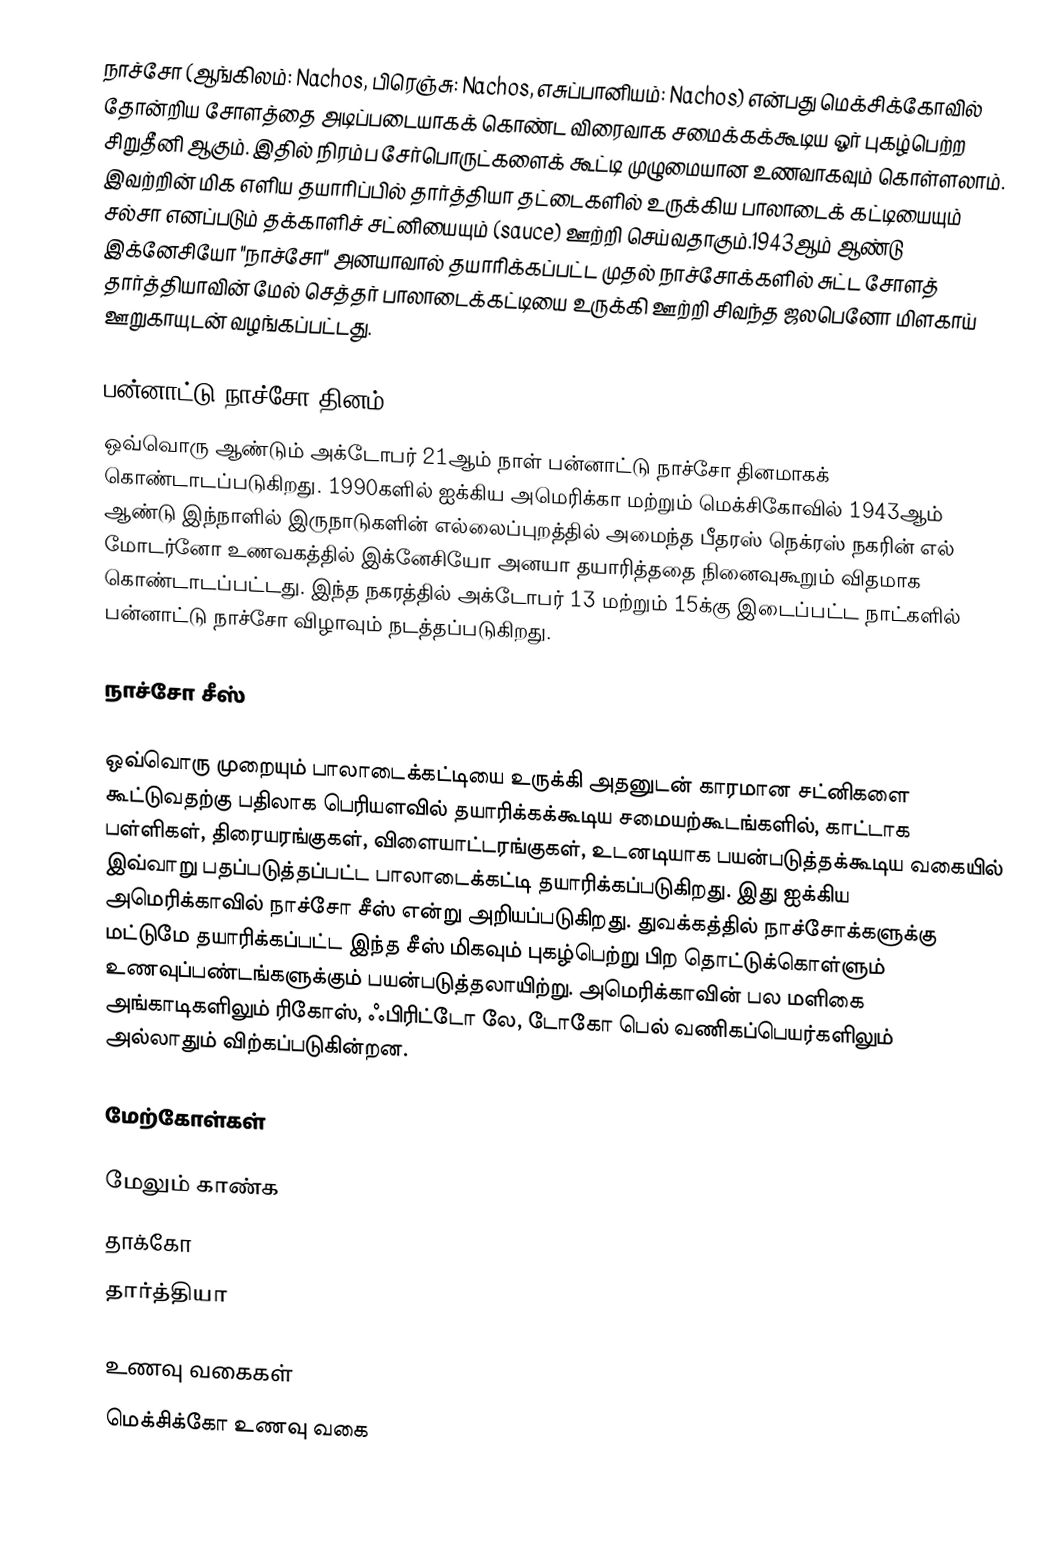
நாச்சோ (ஆங்கிலம்: Nachos, பிரெஞ்சு: Nachos, எசுப்பானியம்: Nachos) என்பது மெக்சிக்கோவில் தோன்றிய சோளத்தை அடிப்படையாகக் கொண்ட விரைவாக சமைக்கக்கூடிய ஓர் புகழ்பெற்ற சிறுதீனி ஆகும். இதில் நிரம்ப சேர்பொருட்களைக் கூட்டி முழுமையான உணவாகவும் கொள்ளலாம். இவற்றின் மிக எளிய தயாரிப்பில் தார்த்தியா தட்டைகளில் உருக்கிய பாலாடைக் கட்டியையும் சல்சா எனப்படும் தக்காளிச் சட்னியையும் (sauce) ஊற்றி செய்வதாகும்.1943ஆம் ஆண்டு இக்னேசியோ "நாச்சோ" அனயாவால் தயாரிக்கப்பட்ட முதல் நாச்சோக்களில் சுட்ட சோளத் தார்த்தியாவின் மேல் செத்தர் பாலாடைக்கட்டியை உருக்கி ஊற்றி சிவந்த ஜலபெனோ மிளகாய் ஊறுகாயுடன் வழங்கப்பட்டது.

பன்னாட்டு நாச்சோ தினம்
ஒவ்வொரு ஆண்டும் அக்டோபர் 21ஆம் நாள் பன்னாட்டு நாச்சோ தினமாகக் கொண்டாடப்படுகிறது. 1990களில் ஐக்கிய அமெரிக்கா மற்றும் மெக்சிகோவில் 1943ஆம் ஆண்டு இந்நாளில் இருநாடுகளின் எல்லைப்புறத்தில் அமைந்த பீதரஸ் நெக்ரஸ் நகரின் எல் மோடர்னோ உணவகத்தில் இக்னேசியோ அனயா தயாரித்ததை நினைவுகூறும் விதமாக கொண்டாடப்பட்டது. இந்த நகரத்தில் அக்டோபர் 13 மற்றும் 15க்கு இடைப்பட்ட நாட்களில் பன்னாட்டு நாச்சோ விழாவும் நடத்தப்படுகிறது.

நாச்சோ சீஸ்

ஒவ்வொரு முறையும் பாலாடைக்கட்டியை உருக்கி அதனுடன் காரமான சட்னிகளை கூட்டுவதற்கு பதிலாக பெரியளவில் தயாரிக்கக்கூடிய சமையற்கூடங்களில், காட்டாக பள்ளிகள், திரையரங்குகள், விளையாட்டரங்குகள், உடனடியாக பயன்படுத்தக்கூடிய வகையில் இவ்வாறு பதப்படுத்தப்பட்ட பாலாடைக்கட்டி தயாரிக்கப்படுகிறது. இது ஐக்கிய அமெரிக்காவில் நாச்சோ சீஸ் என்று அறியப்படுகிறது. துவக்கத்தில் நாச்சோக்களுக்கு மட்டுமே தயாரிக்கப்பட்ட இந்த சீஸ் மிகவும் புகழ்பெற்று பிற தொட்டுக்கொள்ளும் உணவுப்பண்டங்களுக்கும் பயன்படுத்தலாயிற்று. அமெரிக்காவின் பல மளிகை அங்காடிகளிலும் ரிகோஸ், ஃபிரிட்டோ லே, டோகோ பெல் வணிகப்பெயர்களிலும் அல்லாதும் விற்கப்படுகின்றன.

மேற்கோள்கள்

மேலும் காண்க
 தாக்கோ
 தார்த்தியா

உணவு வகைகள்
மெக்சிக்கோ உணவு வகை